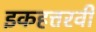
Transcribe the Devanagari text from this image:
इकहत्तरवीं